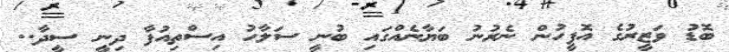
ބޮޑު ވަޒީރުގެ އޮފީހުން ނެރުނު ބަޔާނެއްގައި ބުނީ ސަލާހު އިސްތިއުފާ ދިނީ ސީދާ..